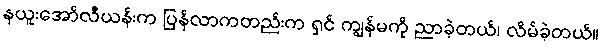
နယူးအော်လီယန်းက ပြန်လာကတည်းက ရှင် ကျွန်မကို ညာခဲ့တယ်၊ လိမ်ခဲ့တယ်။